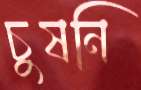
চুষনি